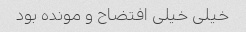
خیلی خیلی افتضاح و مونده بود